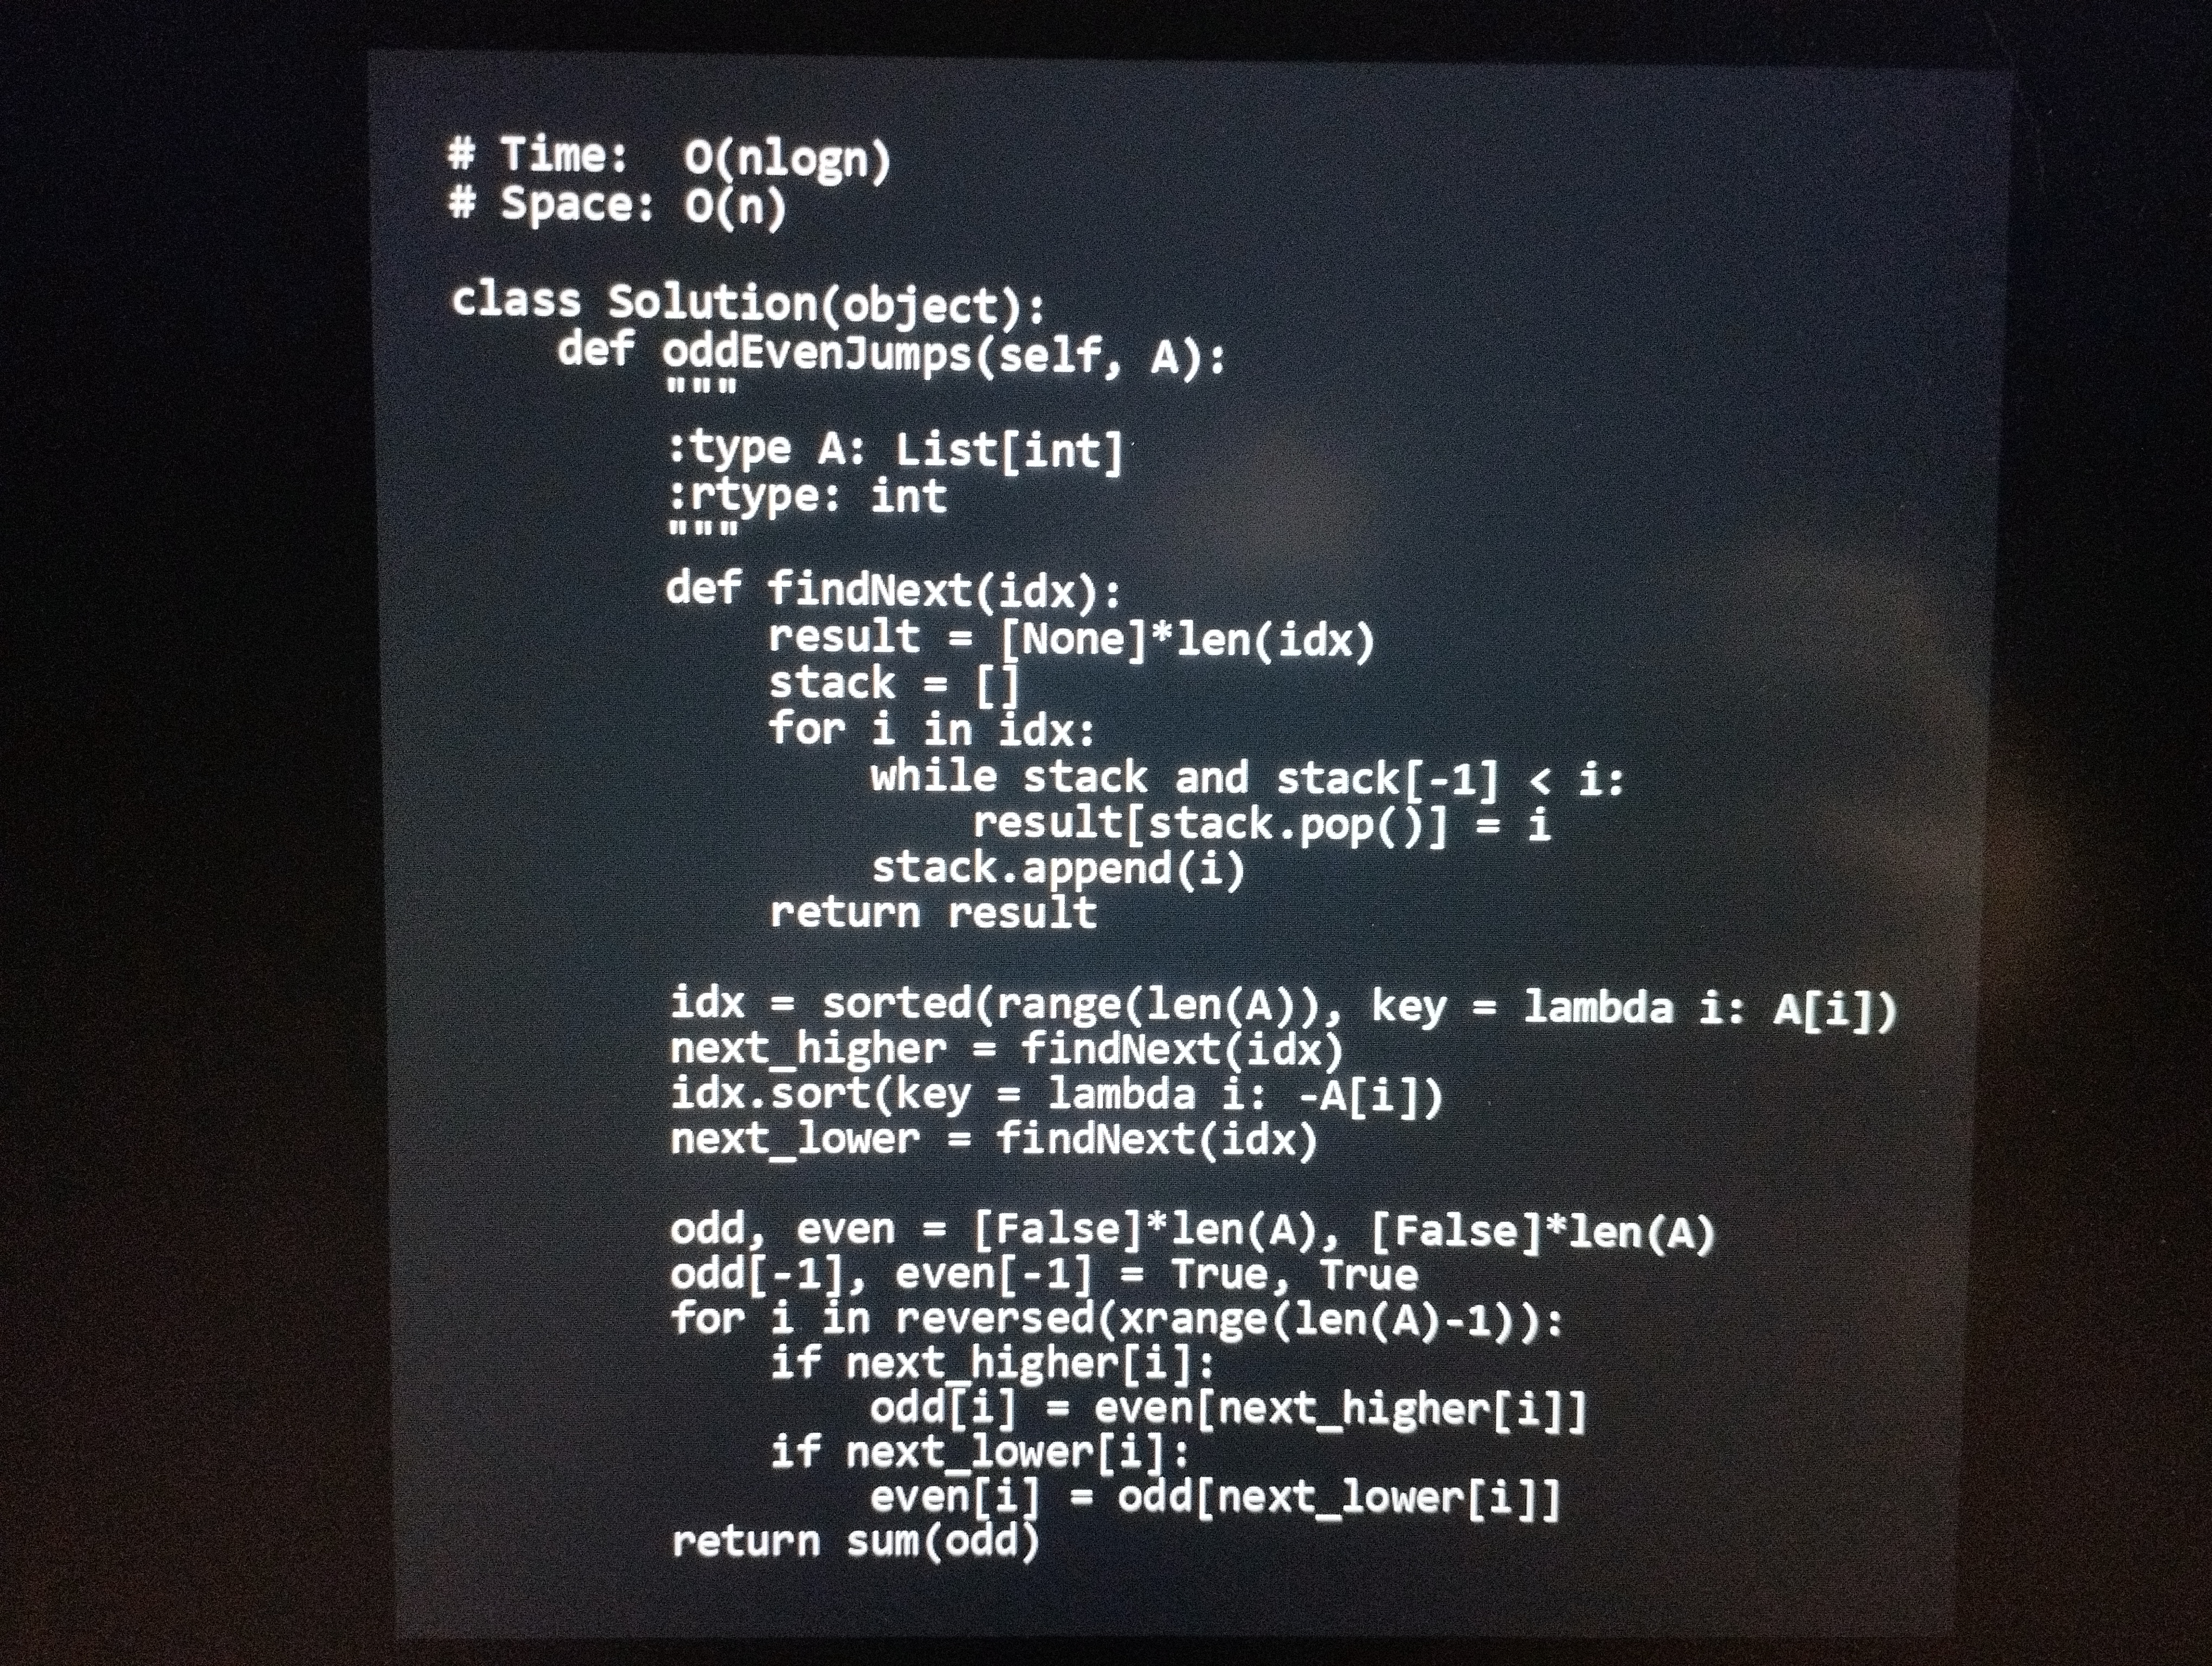
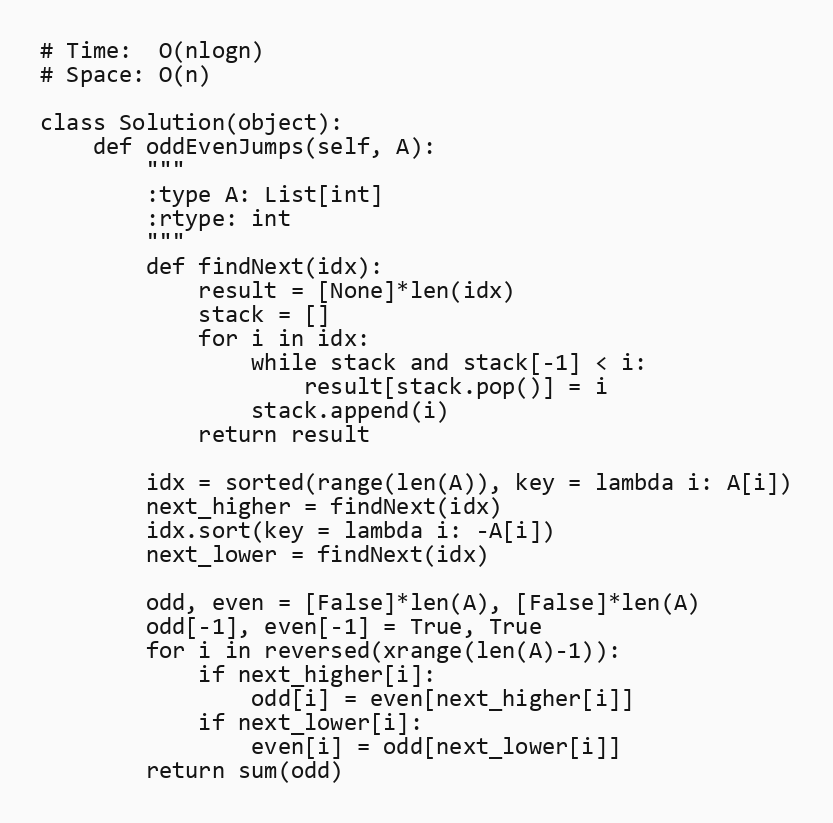
# Time:  O(nlogn)
# Space: O(n)

class Solution(object):
    def oddEvenJumps(self, A):
        """
        :type A: List[int]
        :rtype: int
        """
        def findNext(idx):
            result = [None]*len(idx)
            stack = []
            for i in idx:
                while stack and stack[-1] < i:
                    result[stack.pop()] = i
                stack.append(i)
            return result

        idx = sorted(range(len(A)), key = lambda i: A[i])
        next_higher = findNext(idx)
        idx.sort(key = lambda i: -A[i])
        next_lower = findNext(idx)

        odd, even = [False]*len(A), [False]*len(A)
        odd[-1], even[-1] = True, True
        for i in reversed(xrange(len(A)-1)):
            if next_higher[i]:
                odd[i] = even[next_higher[i]]
            if next_lower[i]:
                even[i] = odd[next_lower[i]]
        return sum(odd)